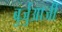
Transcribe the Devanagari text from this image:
बुर्जुआजी